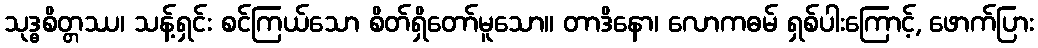
သုဒ္ဓစိတ္တဿ၊ သန့်ရှင်း စင်ကြယ်သော စိတ်ရှိတော်မူသော။ တာဒိနော၊ လောကဓမ် ရှစ်ပါးကြောင့်, ဖောက်ပြား